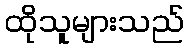
ထိုသူများသည်